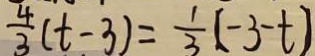
\frac { 4 } { 3 } ( t - 3 ) = \frac { 1 } { 3 } ( - 3 - t )